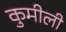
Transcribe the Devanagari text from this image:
कुमीली